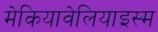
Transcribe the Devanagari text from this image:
मेकियावेलियाइस्म